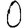
Digit: 0